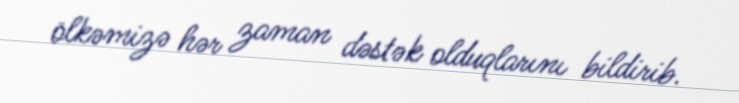
ölkəmizə hər zaman dəstək olduqlarını bildirib.